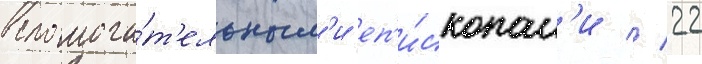
вспомога́т'ельным'и еп'и́скопам'и // 22